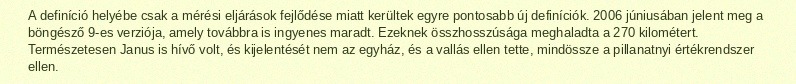
A definíció helyébe csak a mérési eljárások fejlődése miatt kerültek egyre pontosabb új definíciók. 2006 júniusában jelent meg a böngésző 9-es verziója, amely továbbra is ingyenes maradt. Ezeknek összhosszúsága meghaladta a 270 kilométert. Természetesen Janus is hívő volt, és kijelentését nem az egyház, és a vallás ellen tette, mindössze a pillanatnyi értékrendszer ellen.